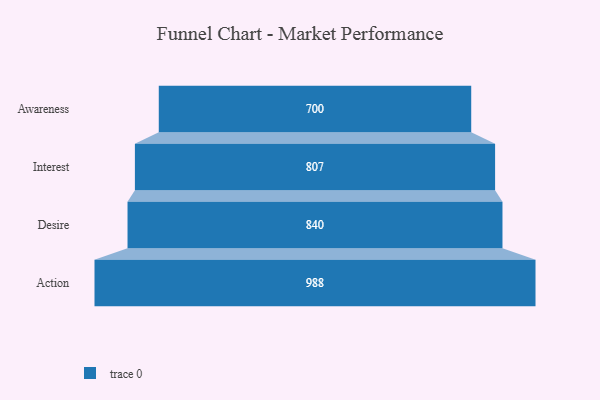
{"axis": {"x": "Stage", "y": "Value"}, "legend": [""], "data": [{"x": "Awareness", "y": 700.0, "type": ""}, {"x": "Interest", "y": 807.0, "type": ""}, {"x": "Desire", "y": 840.0, "type": ""}, {"x": "Action", "y": 988.0, "type": ""}]}